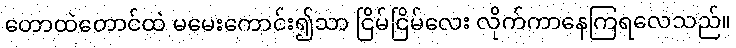
တောထဲတောင်ထဲ မမေးကောင်း၍သာ ငြိမ်ငြိမ်လေး လိုက်ကာနေကြရလေသည်။